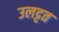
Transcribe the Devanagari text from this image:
उलट्टत